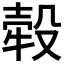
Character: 𣪬